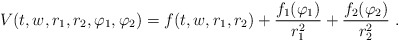
\begin{align*}V(t,w,r_1,r_2,\varphi_1,\varphi_2)=f(t,w,r_1,r_2) + \frac{f_1(\varphi_1)}{r_1^2}+ \frac{f_2(\varphi_2)}{r_2^2} \ .\end{align*}